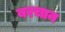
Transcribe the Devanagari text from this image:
बरचान